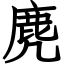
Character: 麂